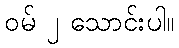
ဝမ် ၂ သောင်းပါ။